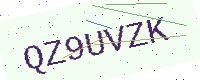
Text: QZ9UVZK